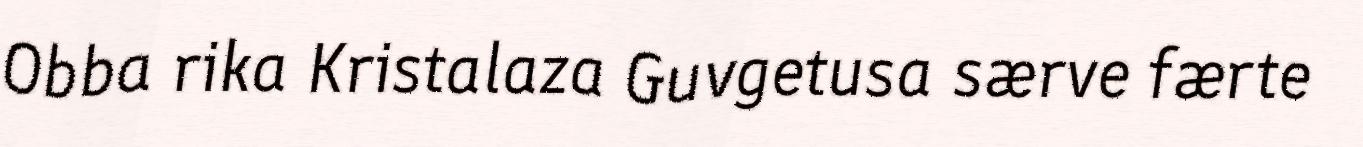
Obba rika Kristalaza Guvgetusa særve færte